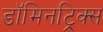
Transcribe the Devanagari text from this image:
डॉमिनट्रिक्स